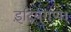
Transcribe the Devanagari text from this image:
इंद्रियगण।